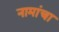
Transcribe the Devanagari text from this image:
नामांचा